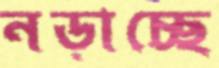
নড়াচ্ছে